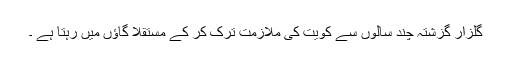
گلزار گزشتہ چند سالوں سے کویت کی ملازمت ترک کر کے مستقلاً گاﺅں میں رہتا ہے ۔